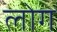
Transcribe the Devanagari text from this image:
लाेेग